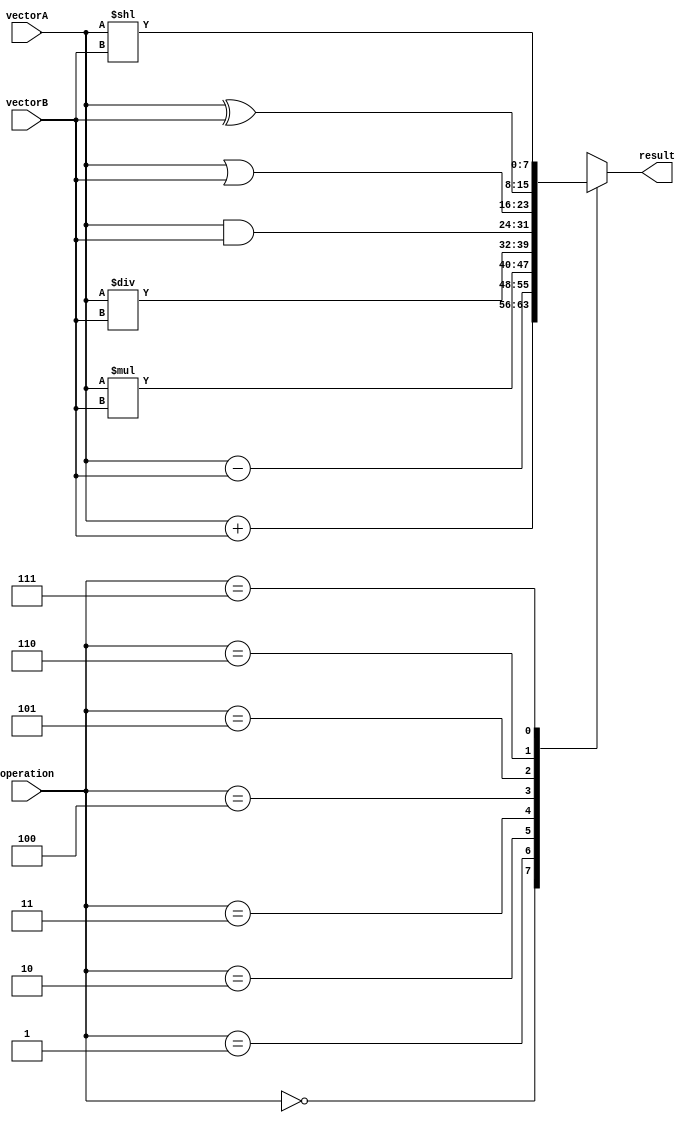
module VectorALU (
    input wire [7:0] vectorA,
    input wire [7:0] vectorB,
    input wire [2:0] operation,
    output reg [7:0] result
);

always @(*) begin
    case(operation)
        3'b000: result = vectorA + vectorB; // Addition
        3'b001: result = vectorA - vectorB; // Subtraction
        3'b010: result = vectorA * vectorB; // Multiplication
        3'b011: result = vectorA / vectorB; // Division
        3'b100: result = vectorA & vectorB; // Bit-wise AND
        3'b101: result = vectorA | vectorB; // Bit-wise OR
        3'b110: result = vectorA ^ vectorB; // Bit-wise XOR
        3'b111: result = vectorA << vectorB; // Left shift
    endcase
end

endmodule